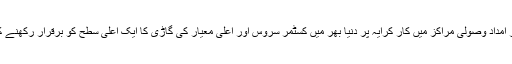
ہمارا مقصد ہمارے گاہکوں تک رسائی ہر بڑے ہوائی اڈوں، ٹرین سٹیشن اور شہر کے مرکز امداد وصولی مراکز میں کار کرایہ پر دنیا بھر میں کسٹمر سروس اور اعلی معیار کی گاڑی کا ایک اعلی سطح کو برقرار رکھنے کی حالت میں سب سے کم قیمتوں میں ممکنہ پر بکنگ کی حالت ہے بات کو یقینی بنانا ہے ۔